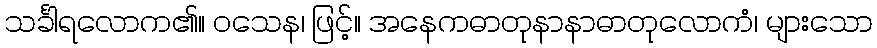
သင်္ခါရလောက၏။ ဝသေန၊ ဖြင့်။ အနေကဓာတုနာနာဓာတုလောကံ၊ များသော